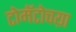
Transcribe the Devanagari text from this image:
टोमॅटोचय़ा